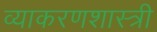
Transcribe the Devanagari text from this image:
व्याकरणशास्त्री